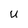
Character: U